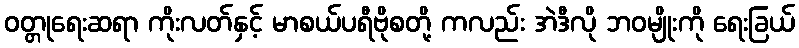
ဝတ္တုရေးဆရာ ကိုးလတ်နှင့် မာစယ်ပရီဗိုစတို့ ကလည်း အဲဒီလို ဘဝမျိုးကို ရေးခြယ်